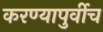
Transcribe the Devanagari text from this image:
करण्यापुर्वीच